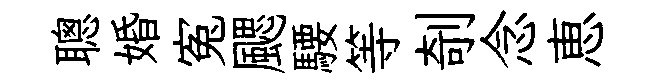
聰婚寃颸騕等剞念恵